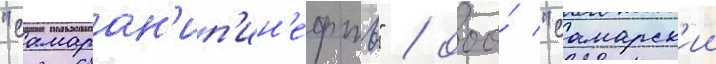
"самаран'ип'ин'ефть" / ооо́ "самарск'ии